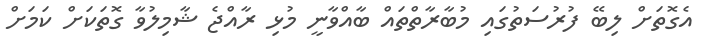
އެގޮތަށް ލިބޭ ފުރުސަތުގައި މުބާރާތްތައް ބާއްވާނީ މުޅި ރާއްޖެ ޝާމިލުވާ ގޮތަކަށް ކަމަށް